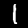
Digit: 1